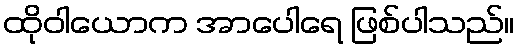
ထိုဝါယောက အာပေါရေ ဖြစ်ပါသည်။